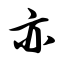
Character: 亦